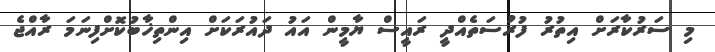
މި ސަރުކާރަށް އިތުރު ފުރުސަތެއްދީ ރައީސް ޔާމީން އައު ދައުރަކަށް އިންތިޚާބުކޮށްފިނަމަ ރާއްޖެ